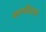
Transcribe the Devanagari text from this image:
कानोंवाला